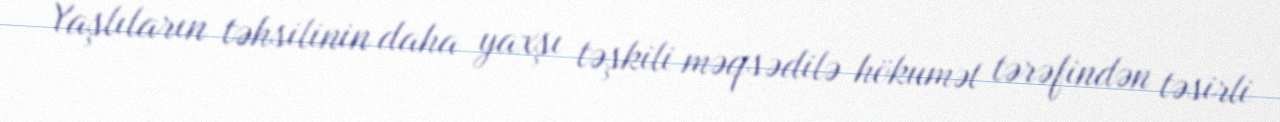
Yaşlıların təhsilinin daha yaxşı təşkili məqsədilə hökumət tərəfindən təsirli